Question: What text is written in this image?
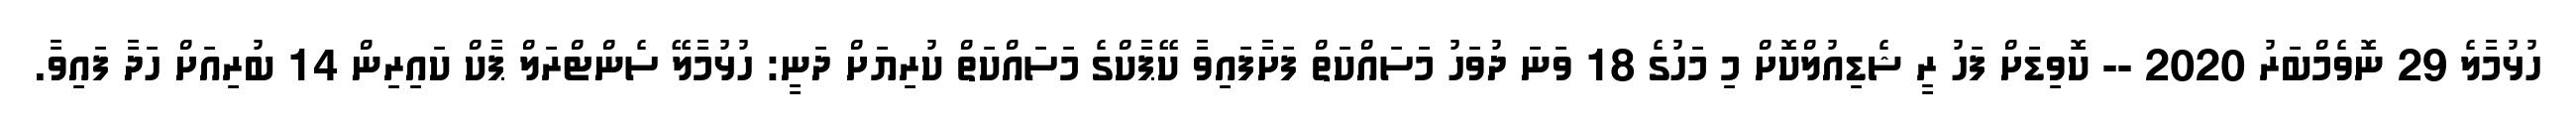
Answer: ހުޅުމާލެ 29 ނޮވެމްބަރު 2020 -- ކޮވިޑަށް ފަހު ރީ ޝެޑިއުލްކޮށް މި މަހުގެ 18 ވަނަ ދުވަހު މަސައްކަތް ފަށާފައިވާ ކޭޕާކްގެ މަސައްކަތް ކުރިޔަށް ދަނީ: ހުޅުމާލޭ ސެންޓްރަލް ޕާކް ކައިރިން 14 ބުރިއަށް ހަދާ ފައިވާ.